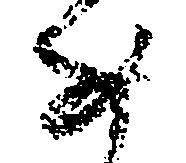
如